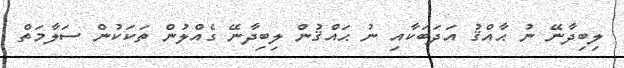
ލިބިދާނޭ ނު ޙާއްޤު އަދަބަކާއި ނު ޙައްޤުން ލިބިދާނޭ ގެއްލުން ތަކަކުން ސަލާމަތް